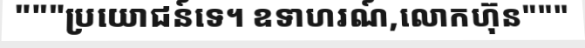
"""ប្រយោជន៍ទេ។ ឧទាហរណ៍,លោកហ៊ុន"""